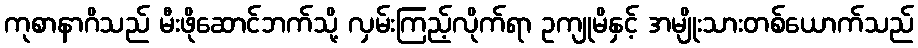
ကုစာနာဂိသည် မီးဖိုဆောင်ဘက်သို့ လှမ်းကြည့်လိုက်ရာ ဥကျုမိနှင့် အမျိုးသားတစ်ယောက်သည်